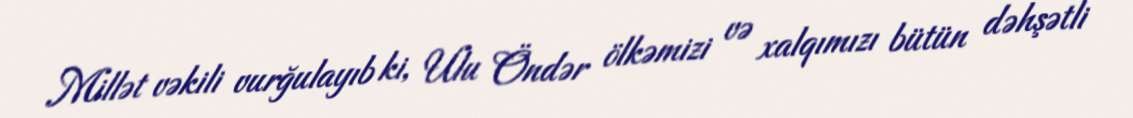
Millət vəkili vurğulayıb ki, Ulu Öndər ölkəmizi və xalqımızı bütün dəhşətli